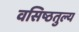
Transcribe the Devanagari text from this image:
वसिष्ठतुल्य